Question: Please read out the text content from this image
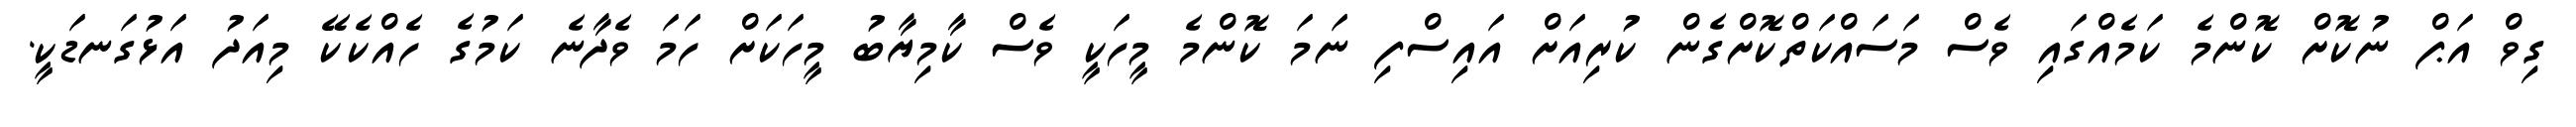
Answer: ގިވް އަޕް ނުކޮށް ކޮންމެ ކަމެއްގައި ވެސް މަސައްކަތްކޮށްގެން ކުރިއަށް އައިސްފި ނަމަ ކޮންމެ މީހަކީ ވެސް ކާމިޔާބު މީހަކަށް ހަމަ ވެދާނެ ކަމުގެ ހެއްކެކޭ މިއަދު އަޅުގަނޑަކީ.